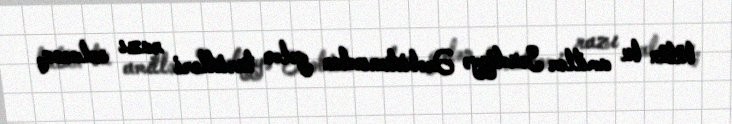
bütün bu amillər Səudiyyə Ərəbistanından gələn turistləri razı salacaq.